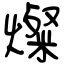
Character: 燦